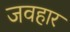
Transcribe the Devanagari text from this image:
जवहार